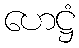
ဟေဋ္ဌံ